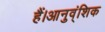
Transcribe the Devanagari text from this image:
हैं।आनुव्ंशिक